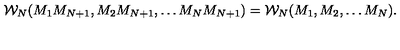
{ \cal W } _ { N } ( M _ { 1 } M _ { N + 1 } , M _ { 2 } M _ { N + 1 } , \dots M _ { N } M _ { N + 1 } ) = { \cal W } _ { N } ( M _ { 1 } , M _ { 2 } , \dots M _ { N } ) .